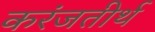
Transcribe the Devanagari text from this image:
करंजतीर्थ